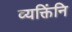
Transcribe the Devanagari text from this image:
व्यक्तिंनि